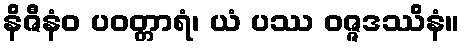
နိဇီနံဝ ပဝတ္တာရံ၊ ယံ ပဿ ဝဇ္ဇဒဿိနံ။